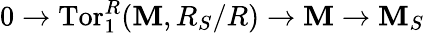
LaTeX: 0\to\operatorname{Tor}_{1}^{R}(\mathbf{M},R_{S}/R)\to\mathbf{M}\to\mathbf{M}_{S}